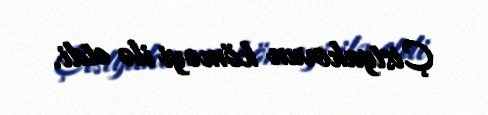
Çistyakovun köməyi ilə etdi.